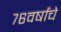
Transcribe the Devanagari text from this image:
७६वर्षाचे